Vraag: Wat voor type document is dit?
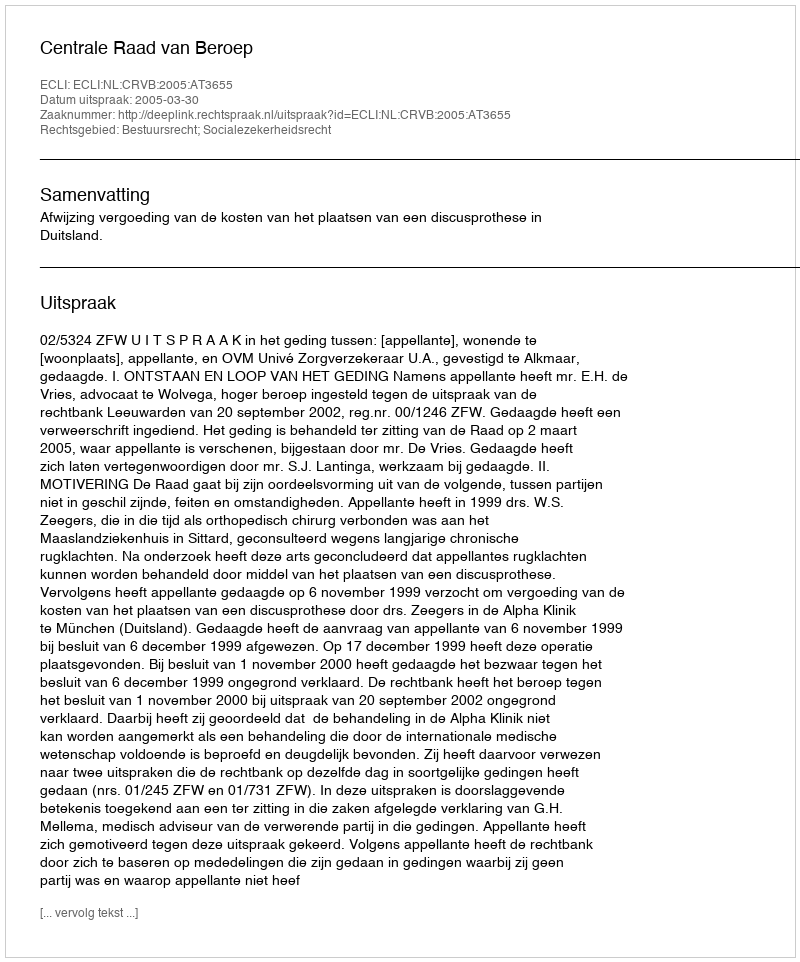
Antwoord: Uitspraak